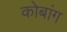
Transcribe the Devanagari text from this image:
कोबांग